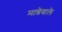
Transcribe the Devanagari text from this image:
मान्नेवाले